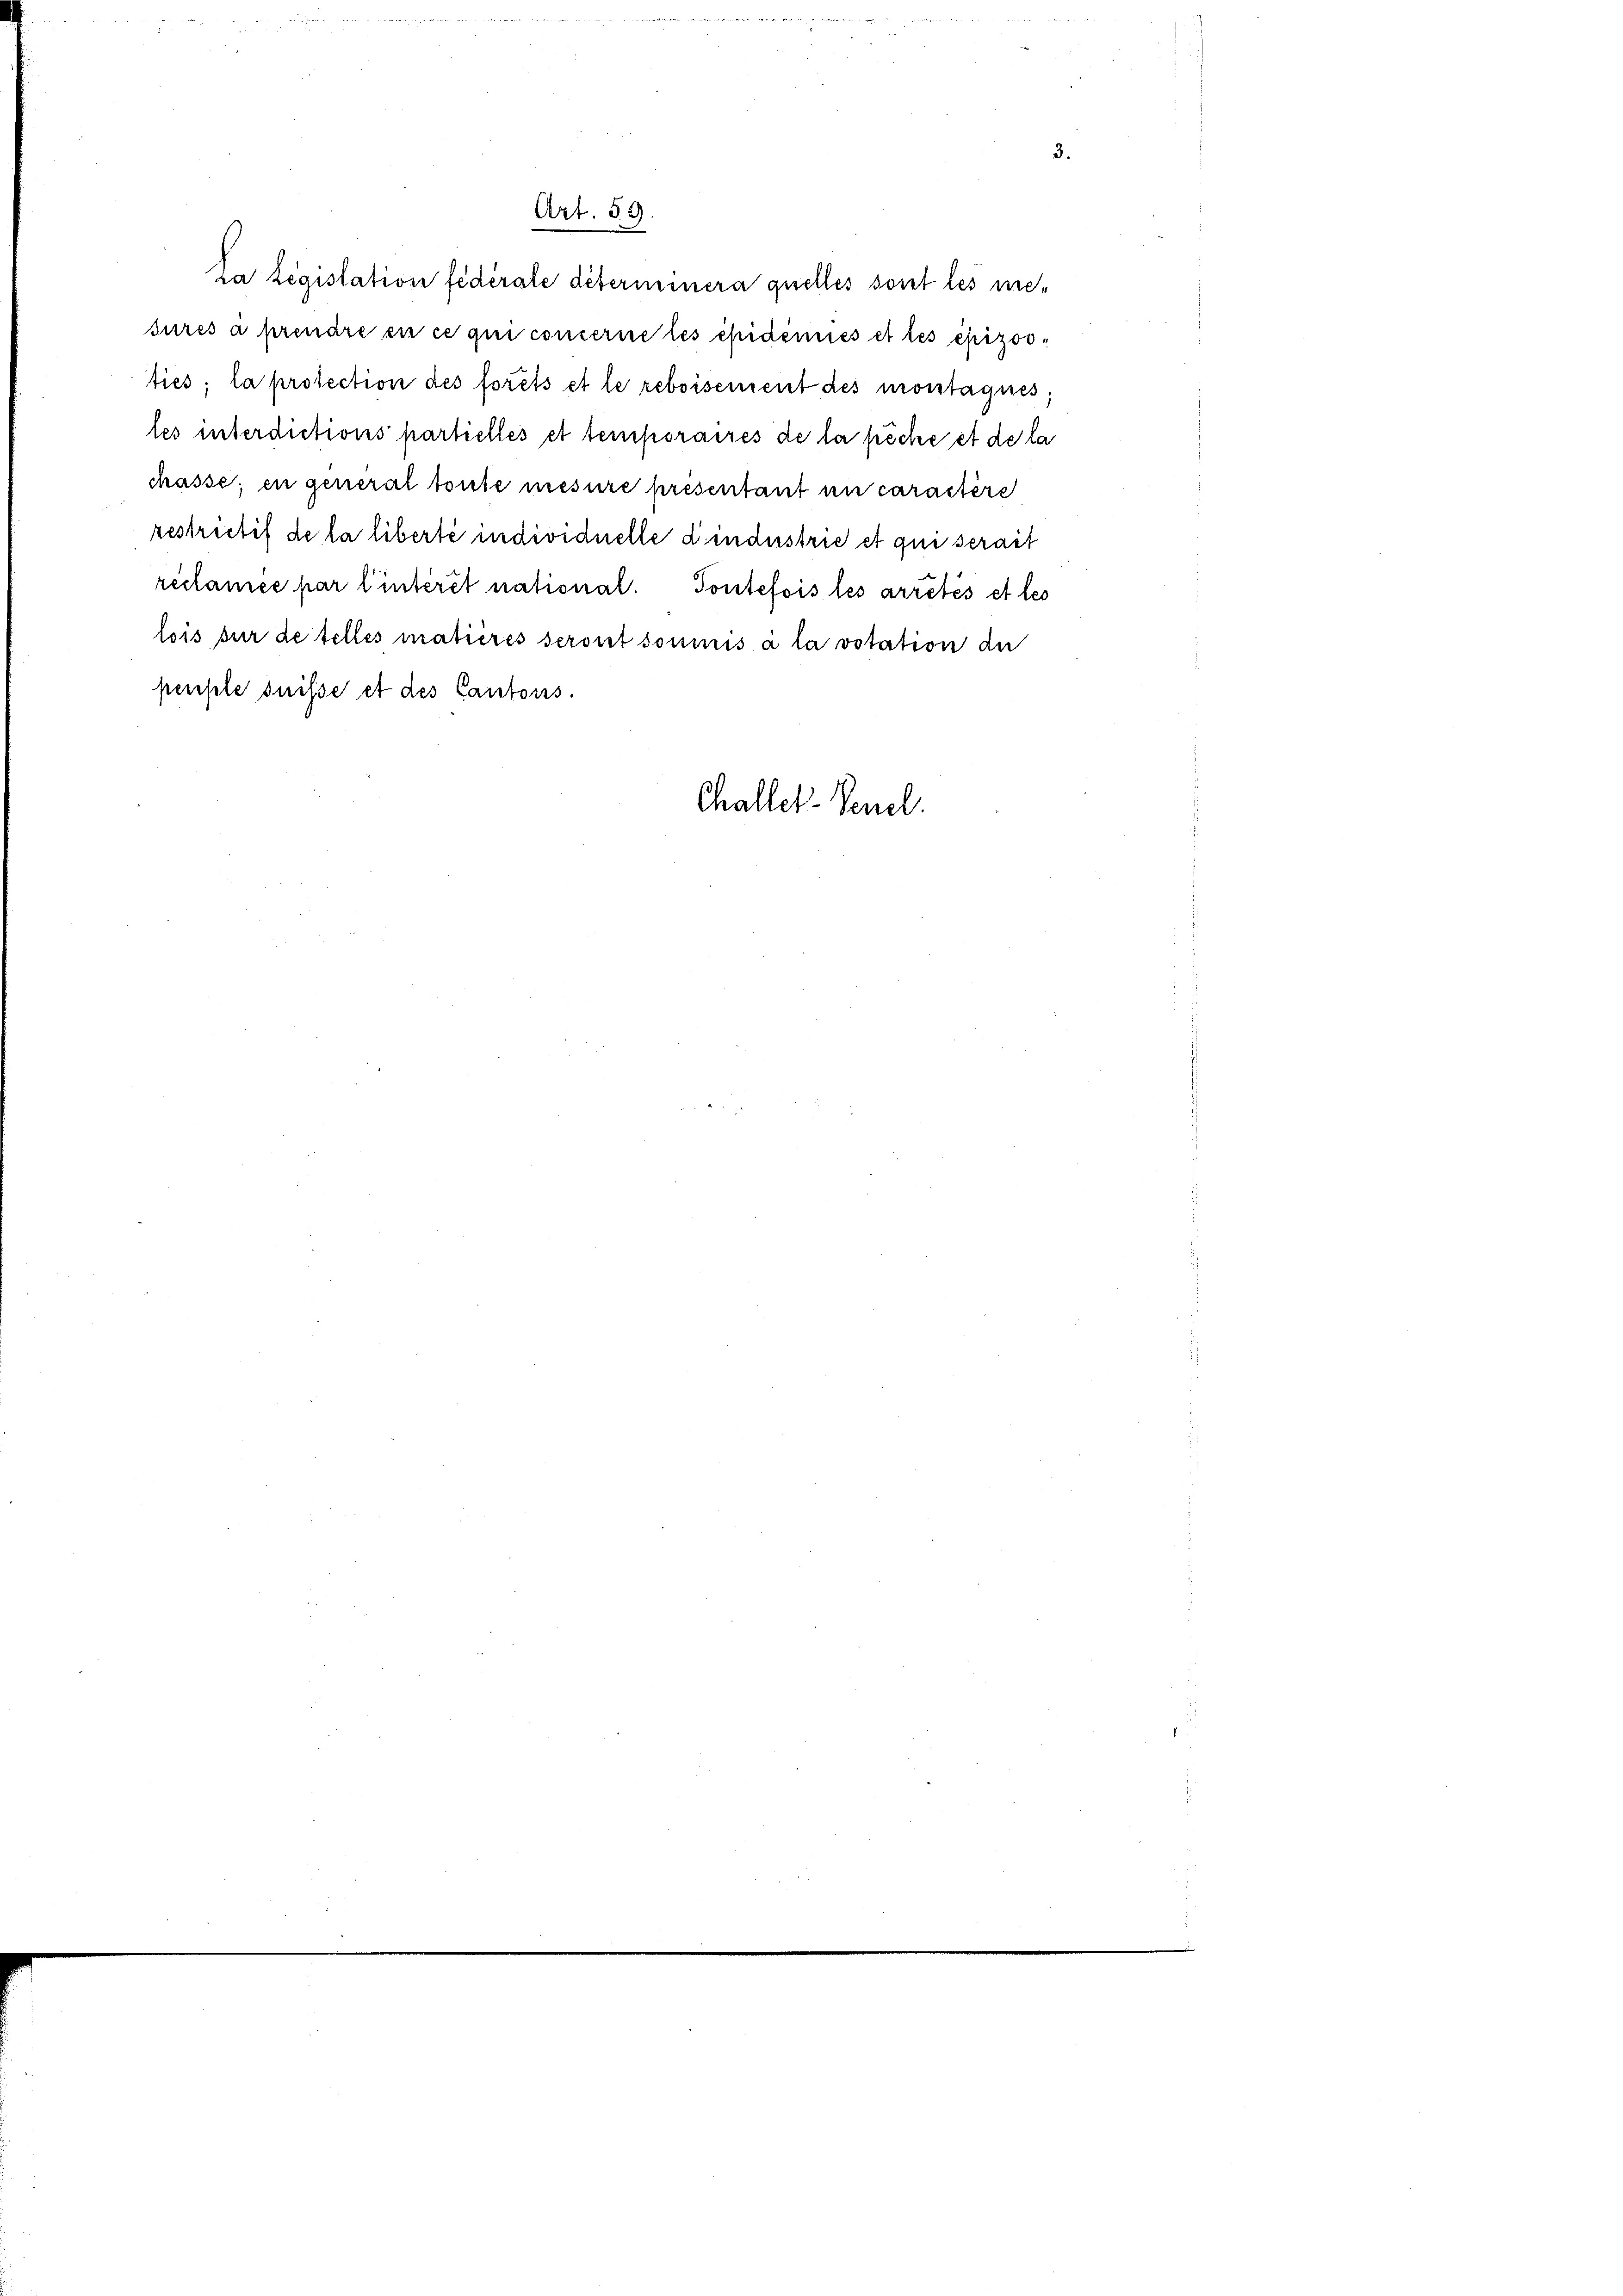
3.
La législation fédérale déterminera quelles sont les niesures à prendre en ce qui concerne les epidemies et les épizosties; la protection des forêts et le reboisement des montagnes
les interdictions partielles et temporaires de la pêche et de la
chasse; en general toute mesure presentant in caractère
restrictif de la liberté individuelle dindustrie et qui serait
reclamée par l’intérêt national. Toutefois les arrêtés et les
lois für de telles matières seront soumis à la votation de
penste suisse et des Cantons.
Challer-Venel.

Art. 59.